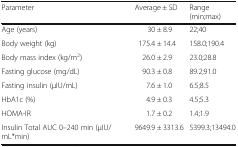
<table><thead><tr><td><b>Parameter</b></td><td><b>Average ± SD</b></td><td><b>Range(min;max)</b></td></tr></thead><tbody><tr><td>Age (years)</td><td>30 ± 8.9</td><td>22;40</td></tr><tr><td>Body weight (kg)</td><td>175.4 ± 14.4</td><td>158.0;190.4</td></tr><tr><td>Body mass index (kg/m<sup>2</sup>)</td><td>26.0 ± 2.9</td><td>23.0;28.8</td></tr><tr><td>Fasting glucose (mg/dL)</td><td>90.3 ± 0.8</td><td>89.2;91.0</td></tr><tr><td>Fasting insulin (μIU/mL)</td><td>7.6 ± 1.0</td><td>6.5;8.5</td></tr><tr><td>HbA1c (%)</td><td>4.9 ± 0.3</td><td>4.5;5.3</td></tr><tr><td>HOMA-IR</td><td>1.7 ± 0.2</td><td>1.4;1.9</td></tr><tr><td>Insulin Total AUC 0–240 min (μIU/mL*min)</td><td>9649.9 ± 3313.6</td><td>5399.3;13494.0</td></tr></tbody></table>